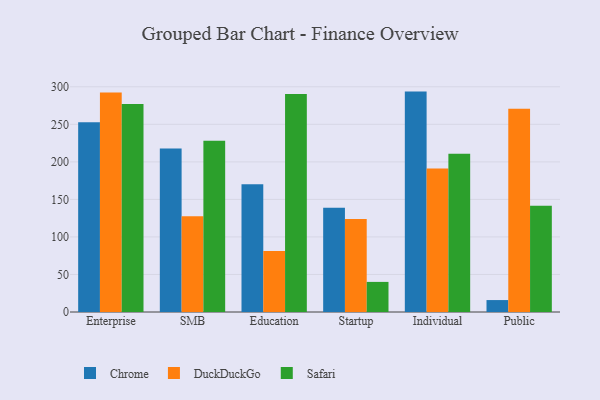
{"axis": {"x": "Segment", "y": "Conversion Rate (%)"}, "legend": ["Chrome", "DuckDuckGo", "Safari"], "data": [{"x": "Enterprise", "y": 252.9, "type": "Chrome"}, {"x": "Enterprise", "y": 292.5, "type": "DuckDuckGo"}, {"x": "Enterprise", "y": 277.2, "type": "Safari"}, {"x": "SMB", "y": 217.8, "type": "Chrome"}, {"x": "SMB", "y": 127.7, "type": "DuckDuckGo"}, {"x": "SMB", "y": 228.1, "type": "Safari"}, {"x": "Education", "y": 170.2, "type": "Chrome"}, {"x": "Education", "y": 81.2, "type": "DuckDuckGo"}, {"x": "Education", "y": 290.4, "type": "Safari"}, {"x": "Startup", "y": 138.9, "type": "Chrome"}, {"x": "Startup", "y": 124.0, "type": "DuckDuckGo"}, {"x": "Startup", "y": 40.1, "type": "Safari"}, {"x": "Individual", "y": 293.6, "type": "Chrome"}, {"x": "Individual", "y": 191.2, "type": "DuckDuckGo"}, {"x": "Individual", "y": 210.8, "type": "Safari"}, {"x": "Public", "y": 15.9, "type": "Chrome"}, {"x": "Public", "y": 270.9, "type": "DuckDuckGo"}, {"x": "Public", "y": 141.7, "type": "Safari"}]}